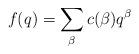
LaTeX: \begin{align*}f(q) = \sum_{\beta}c(\beta) q^\beta\end{align*}